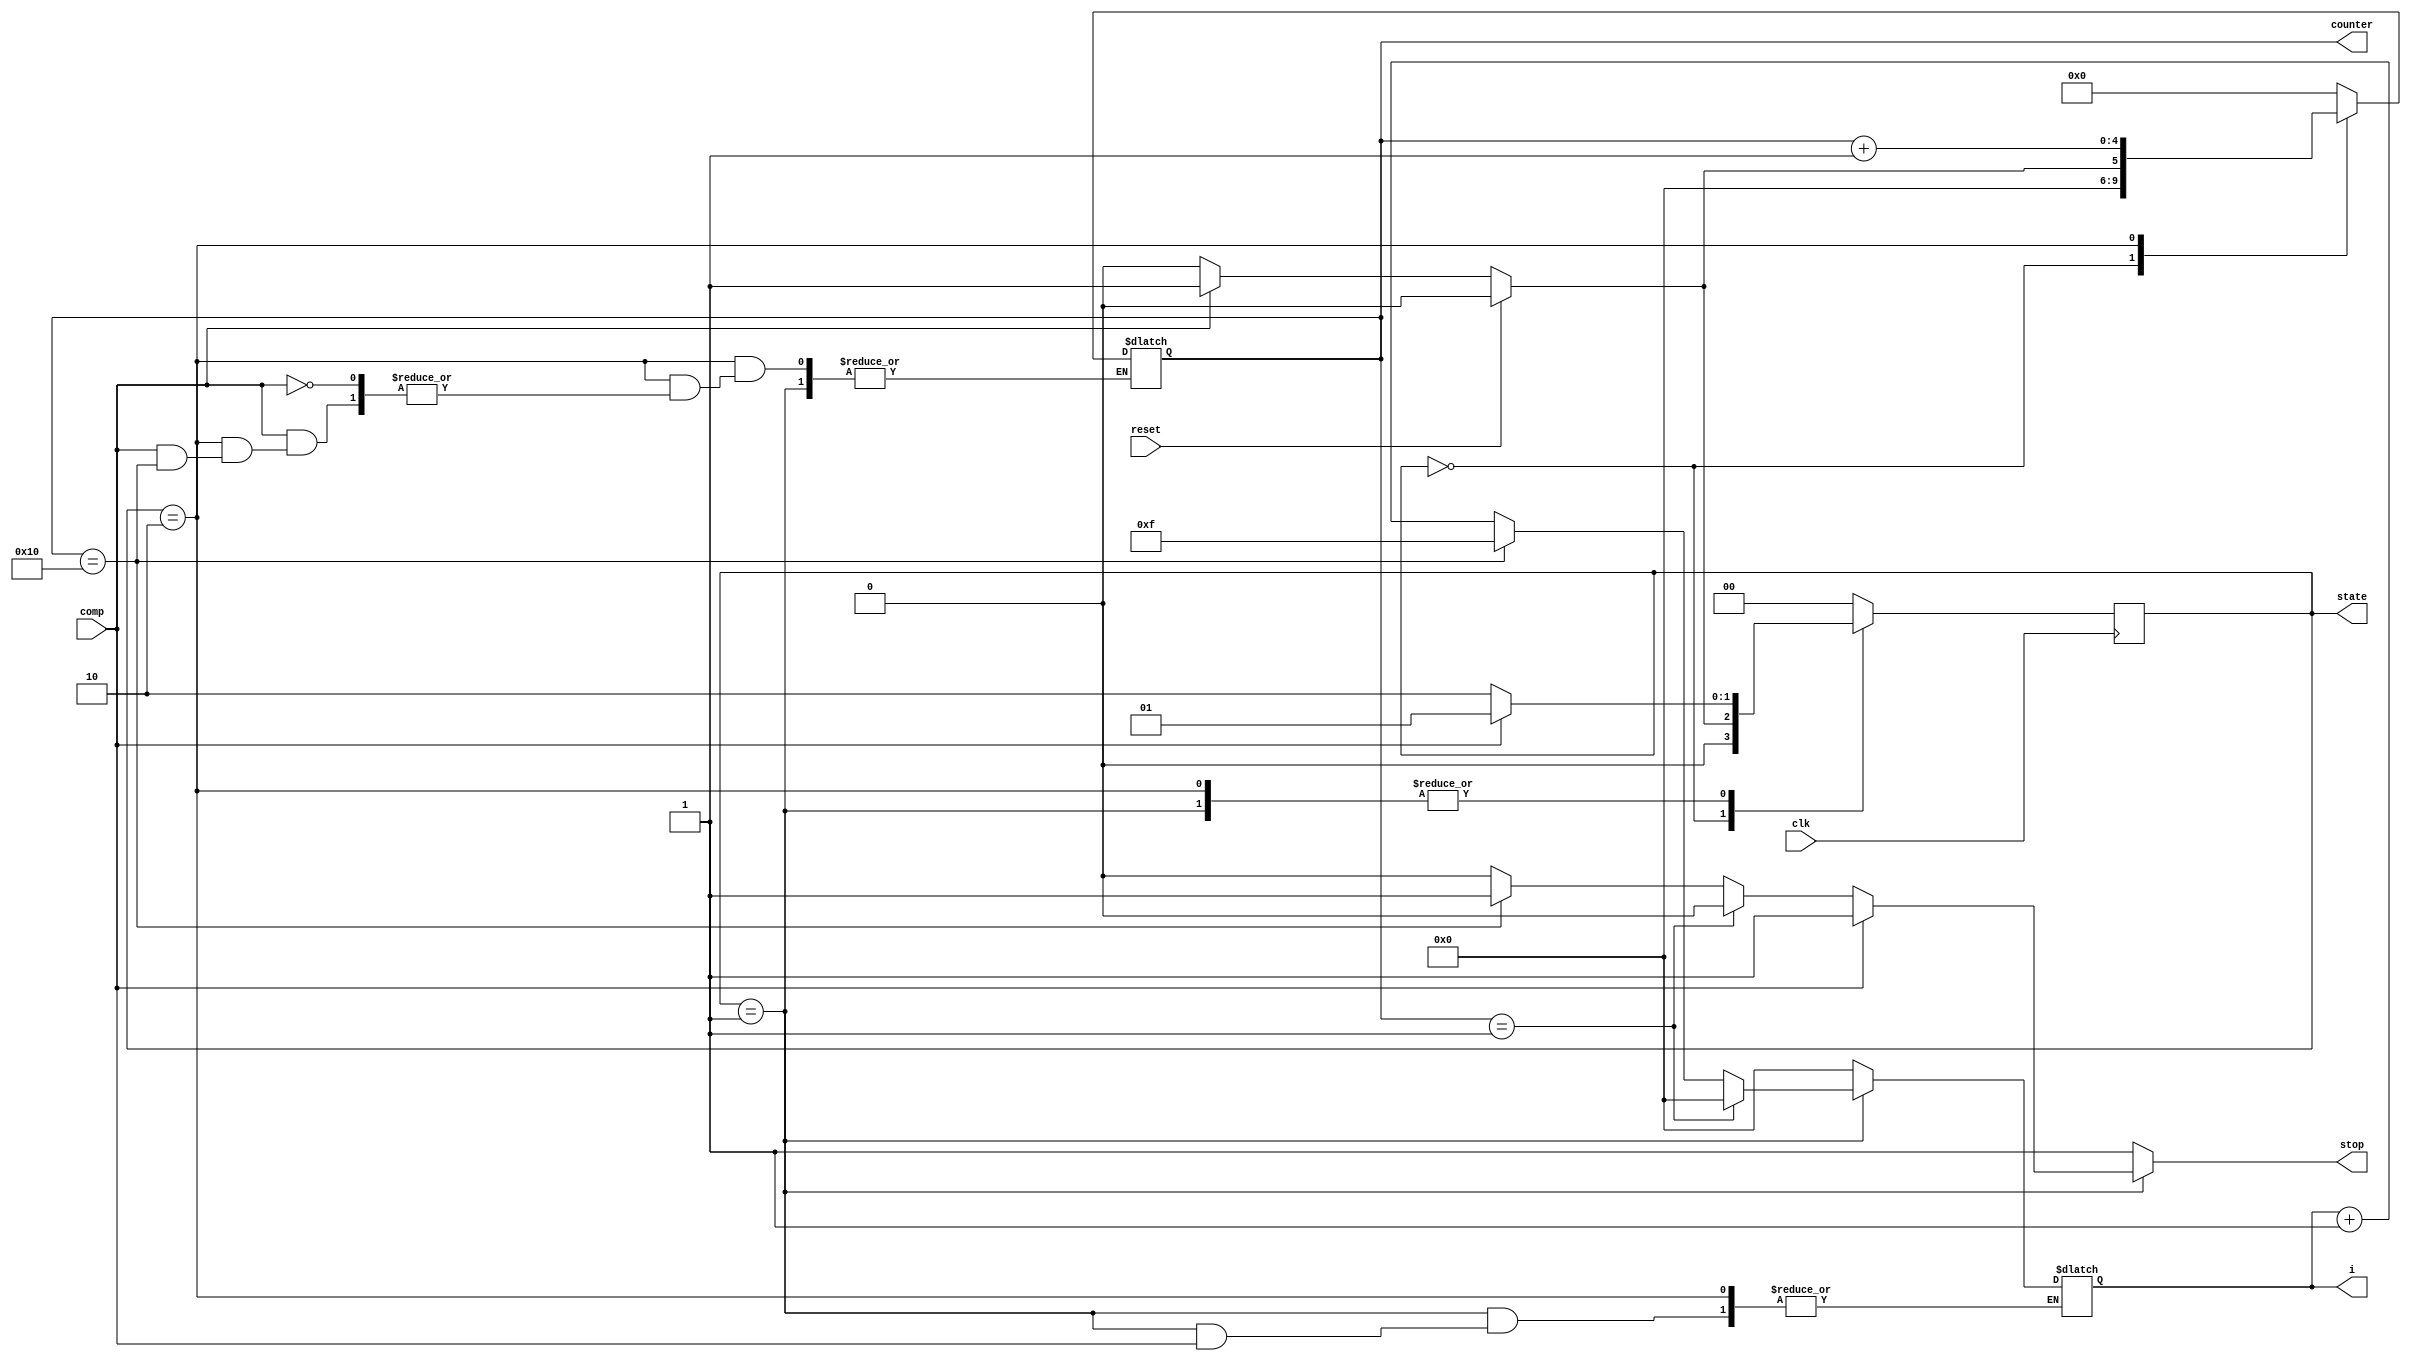
module ctrlnew_test(
	output reg [3:0] i,
	output reg stop,
	output reg [1:0] state,
	output reg [4:0] counter,
	input reset,
	input comp,
	input clk
	);
	
	reg [1:0] nextstate;
	
	always @(*)
	begin
		stop=1'b1;
		case(state)
			0:	begin
						i=0;
						stop=1;
						counter=0;
						if(reset)
						begin
							nextstate=0;
						end
						else if(!comp)
							nextstate=0;
						else	// button pressed, increase counter
						begin
							nextstate=1;
							counter=1;
						end
					end
			1:	begin
						counter=counter;
						if(comp)	// button not release, don't increase counter
						begin
							nextstate=1;
							i=i;
							stop=1;
						end
						else	// button released, assign i value
						begin
							nextstate=2;
							stop=0;
							if(counter==1)	// first button pressed
								i=0;
							else if(counter==16)	// last button pressed
							begin
								stop=1;
								i=15;
							end
							else
								i=i+1;
						end
					end
			2:	begin
						stop=1;
						i=i;
						if(comp)	//button pressed, increase counter
                        begin
                            nextstate=1;
                            if(counter==16)
                                counter=counter;
                            else
                                counter=counter+1;
                        end
                        else
                        begin
                            nextstate=2;
                            counter=counter;
                        end
					end
			default:
				begin
					nextstate=0;
					counter=0;
					i=0;
				end
		endcase
	end
	
	always @(posedge clk)
		state<=nextstate;
	
endmodule